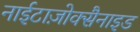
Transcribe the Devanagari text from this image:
नाईटाज़ोक्सैनाइड